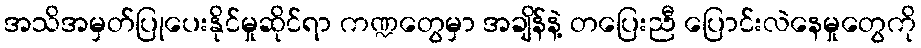
အသိအမှတ်ပြုပေးနိုင်မှုဆိုင်ရာ ကဏ္ဍတွေမှာ အချိန်နဲ့ တပြေးညီ ပြောင်းလဲနေမှုတွေကို